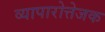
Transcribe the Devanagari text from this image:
व्यापारोत्तेजक